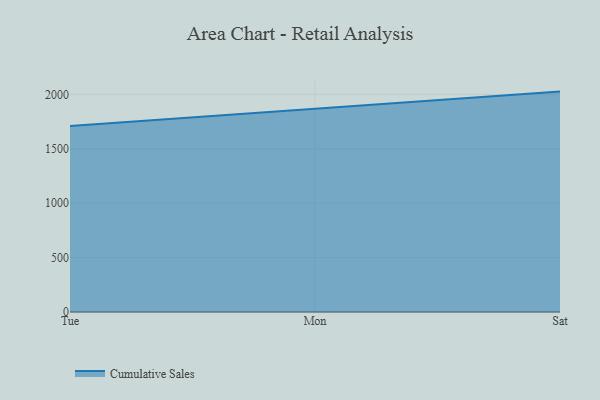
{"axis": {"x": "Day", "y": "Demand Index"}, "legend": ["Cumulative Sales"], "data": [{"x": "Tue", "y": 1710.4, "type": "Cumulative Sales"}, {"x": "Mon", "y": 1870.9, "type": "Cumulative Sales"}, {"x": "Sat", "y": 2025.4, "type": "Cumulative Sales"}]}